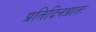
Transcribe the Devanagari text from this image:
प्रतिदिनप्रातः